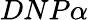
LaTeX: DNP\alpha